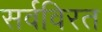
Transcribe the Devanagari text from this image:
सर्वविरत